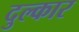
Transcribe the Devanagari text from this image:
दुल्कार